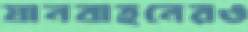
যানবাহনেরও